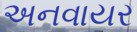
અનવાયર